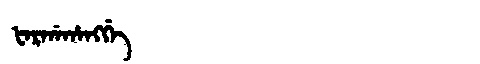
Manchu: ᡶᠠᡵᡤᠠᡥᠠᠩᡤᡝ
Romanization: FARGAHANGGE